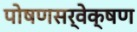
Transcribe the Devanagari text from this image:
पोषणसर्वेक्षण